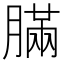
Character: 䐽